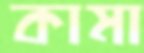
কামা